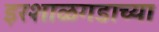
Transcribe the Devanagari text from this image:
इरशाळगडाच्या